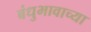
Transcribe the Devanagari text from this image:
बंधुभावाच्या